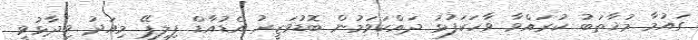
ގައުމާ މުޚާތަބު ކުރައްވާ ވާހަކަފުޅު ދައްކަވަމުން ބޮޑުވަޒީރު އެޑުއާޑް ފިލިޕޭ މިއަދު ވިދާޅުވީ